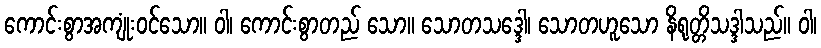
ကောင်းစွာအကျုံးဝင်သော။ ဝါ၊ ကောင်းစွာတည် သော။ သောတသဒ္ဒေါ၊ သောတဟူသော နိရုတ္တိသဒ္ဒါသည်။ ဝါ၊